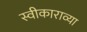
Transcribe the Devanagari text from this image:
स्वीकाराव्या